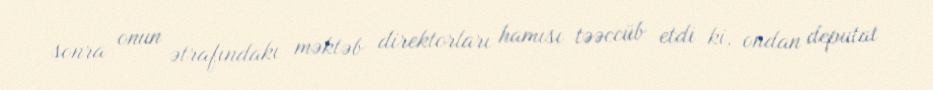
sonra onun ətrafındakı məktəb direktorları hamısı təəccüb etdi ki, ondan deputat